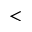
<